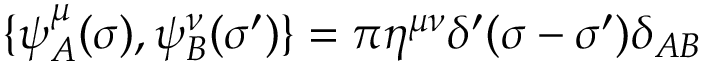
\{ \psi _ { A } ^ { \mu } ( \sigma ) , \psi _ { B } ^ { \nu } ( \sigma ^ { \prime } ) \} = \pi \eta ^ { \mu \nu } \delta ^ { \prime } ( \sigma - \sigma ^ { \prime } ) \delta _ { A B }